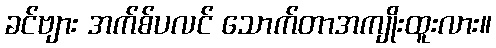
ခင်ဗျား အက်စ်ပလင် သောက်တာအကျိုးထူးလား။